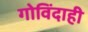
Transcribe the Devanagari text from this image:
गोविंदाही